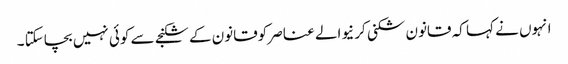
انہوں نے کہا کہ قانون شکنی کر نیوالے عناصر کوقانون کے شکنجے سے کوئی نہیں بچاسکتا ۔